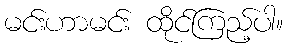
မင်းဟာမင်း ထိုင်ကြည့်ပါ။